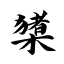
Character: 橥